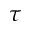
\tau